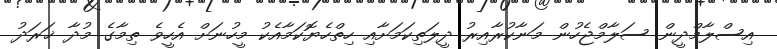
އިސްލާމްދީން ސަލާމްޖެހުން މަނާކުރާއިރު ދީލަތިކަމަށާއި ހިތްހެޔޮކަމާއެކު މީހުނަށް އެހީވެ ތިމާގެ މުދާ ޚަރަދު